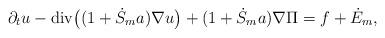
LaTeX: \begin{align*}\partial_t u-\mathrm{div}\big((1+\dot{S}_m a)\nabla u\big)+(1+\dot{S}_m a)\nabla\Pi=f+\dot{E}_m,\end{align*}